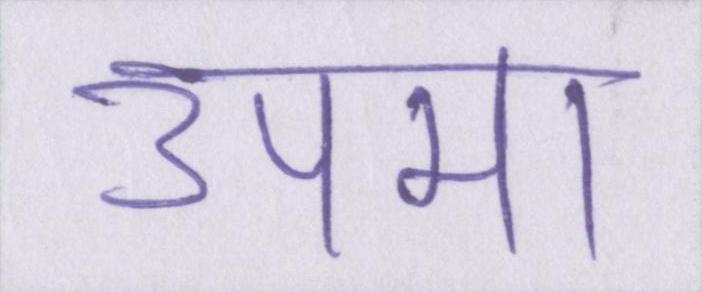
उपमा